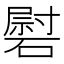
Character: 𰧠